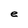
Character: e